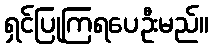
ရှင်ပြုကြရပေဦးမည်။